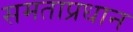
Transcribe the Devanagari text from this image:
समताप्रधान